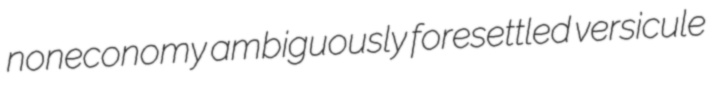
noneconomy ambiguously foresettled versicule